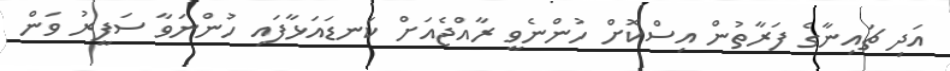
އަދި ޗައިނާގެ ފަރާތުން އިސްކޮށް ހުންނެވީ ރާއްޖެއަށް ކަނޑައަޅާފައި ހުންނަވާ ސަފީރު ވަން